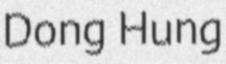
Dong Hung